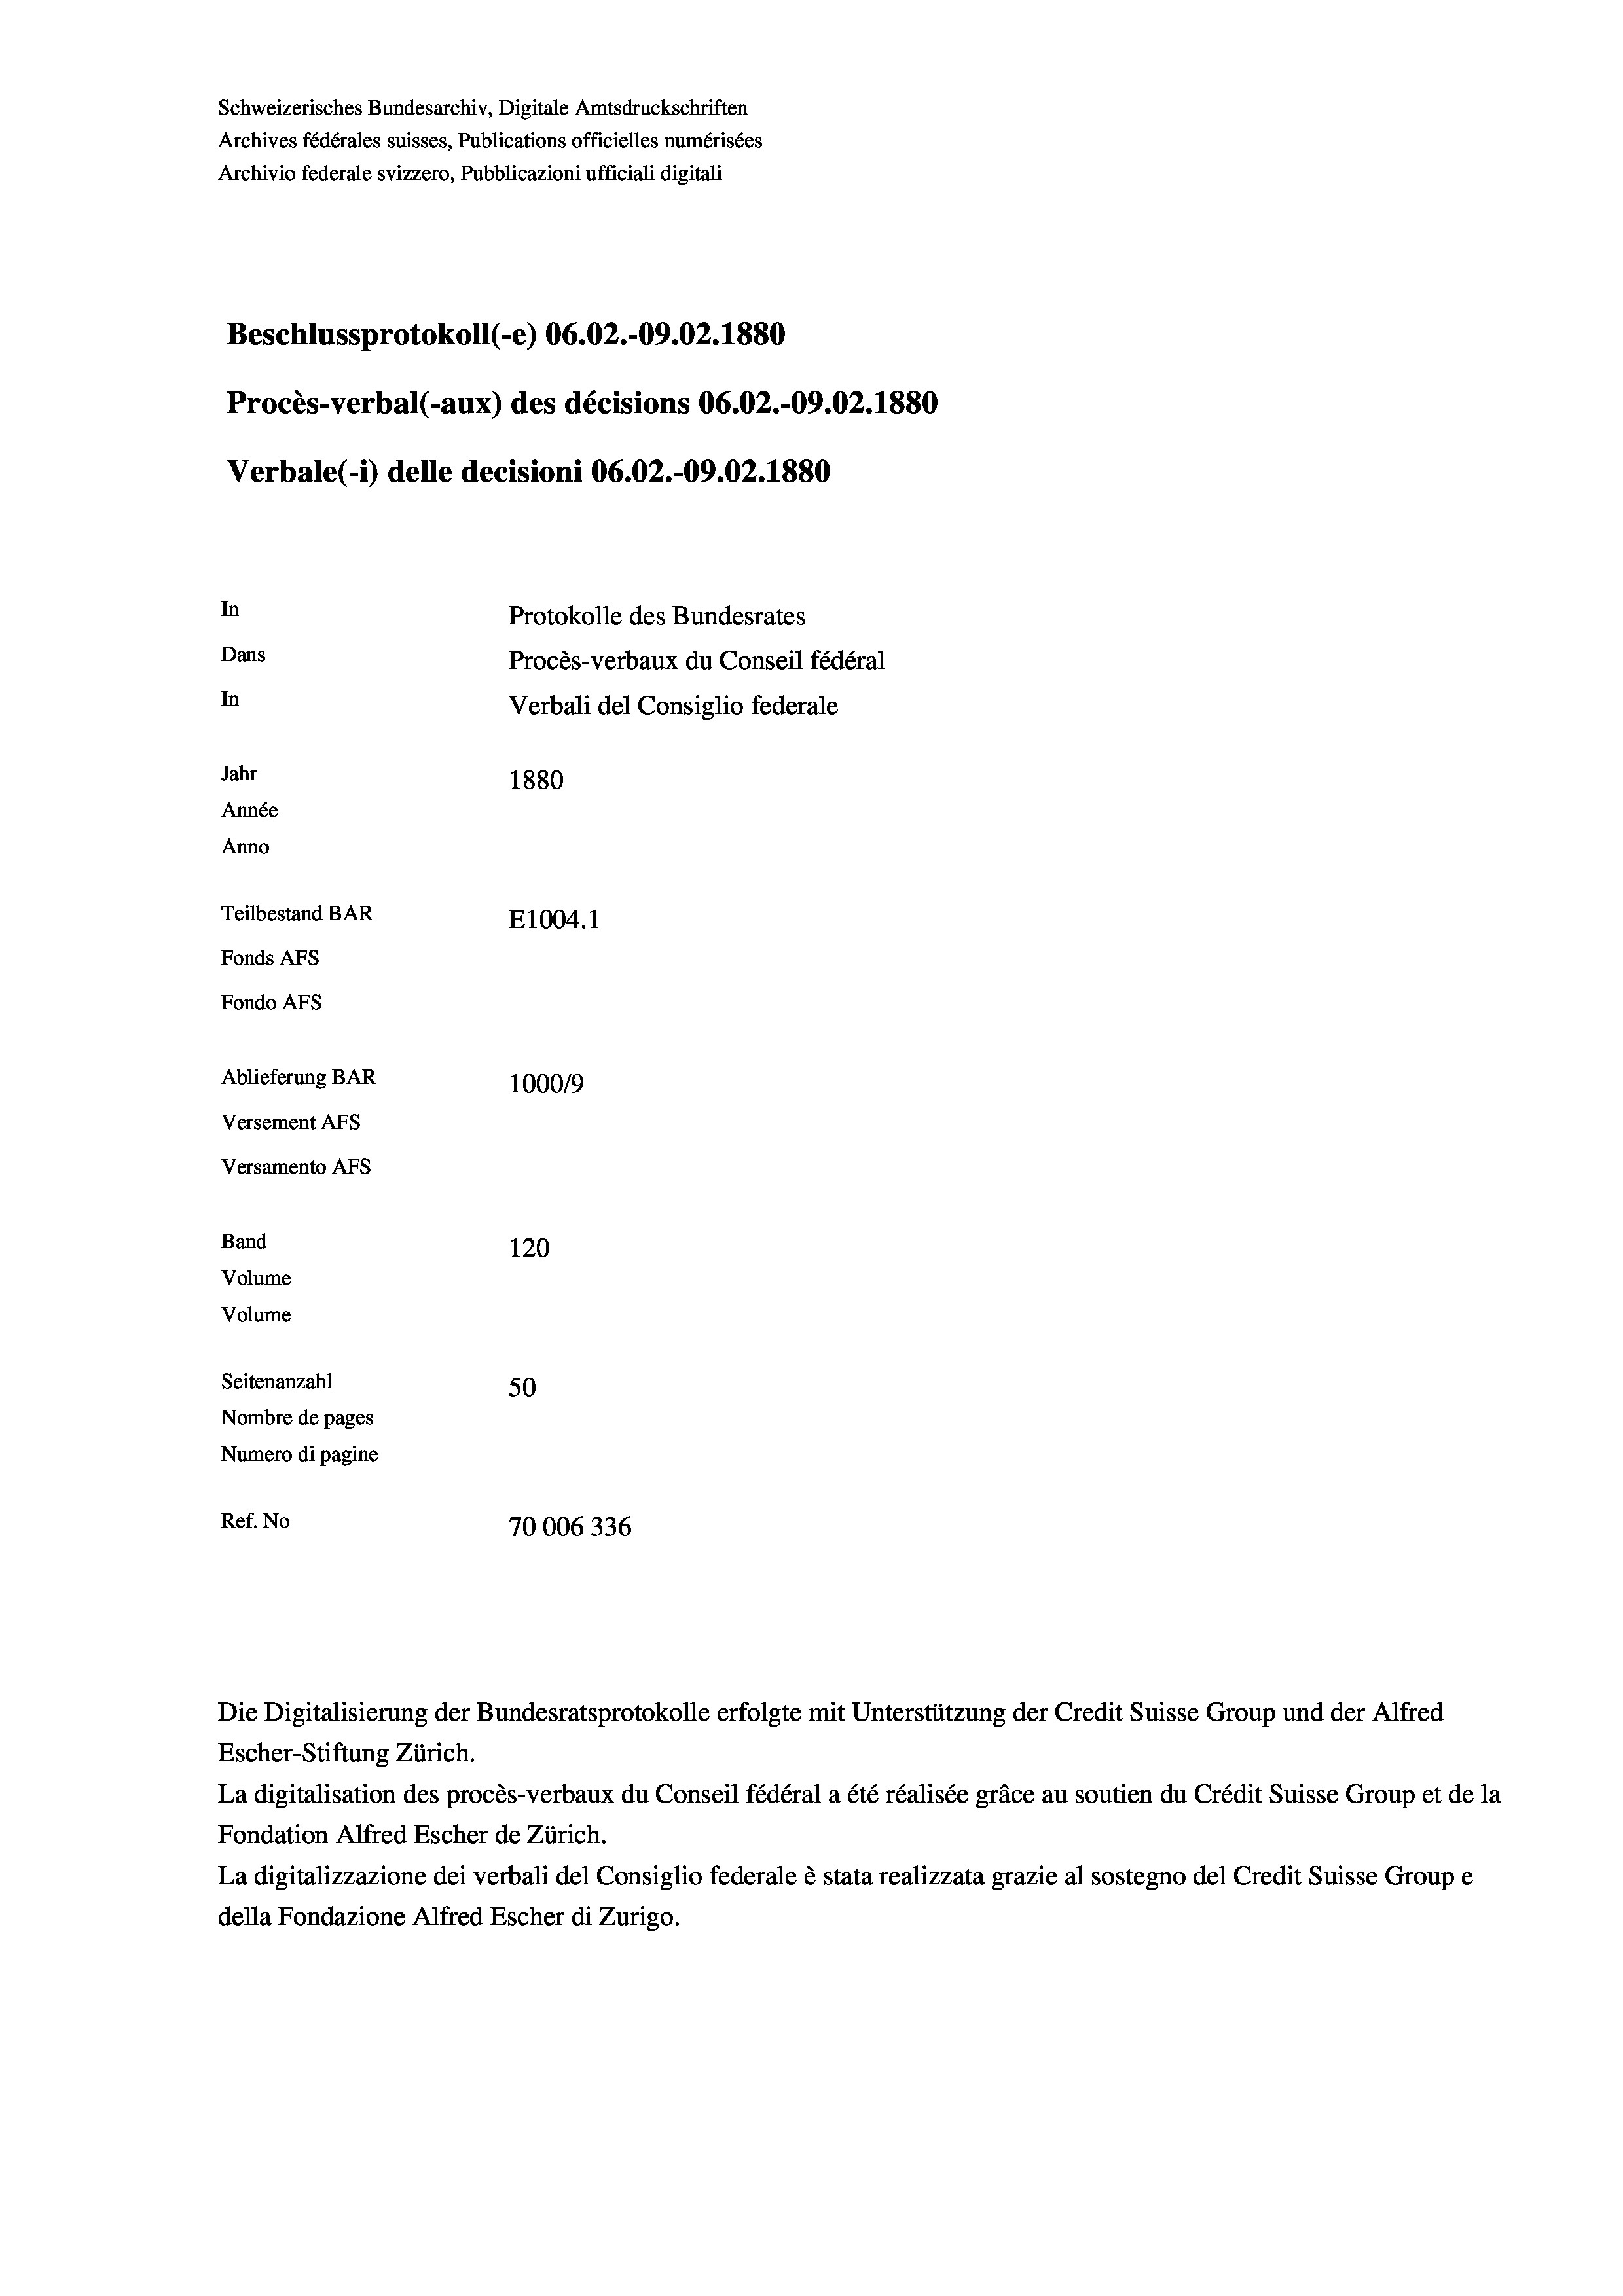
Schweizerisches Bundesarchiv, Digitale Amtsdruckschriften
Archives fédérales suisses, Publications officielles numérisées
Archivio federale svizzero, Pubblicazioni ufficiali digitali
Beschlussprotokoll (-e) 06.02.-09.02. 1880
Procès-verbal (-aux) des décisions 06.02.-09.02.1880
Verbale (i) delle decisioni 06.02.-09.02. 1880
In
Protokolle des Bundesrates
Dans
Procès-verbaux du Conseil fédéral
In
Verbali del Consiglio federale
Jahr
1880
Année
Anno
Teilbestand BAR
E1004.1
Fonds AFs
Fondo Afs
Ablieferung BAR
100019
Versement AFs
Versamento AFS
Band
120
Volume
Volume

Seitenanzahl
50
Nombre de pages
Numero di pagine
Ref. No
70006336

Die Digitalisierung der Bundesratsprotokolle erfolgte mit Unterstützung der Credit Suisse Group und der Alfred
Escher-Stiftung Zürich.
La digitalisation des procès-verbaux du Conseil fédéral a été réalisée gräce au soutien du Crédit Suisse Group et de la
Fondation Alfred Escher de Zürich.
La digitalizzazione dei verbali del Consiglio federale è stata realizzata grazie al sostegno del Credit Suisse Groupe
della Fondazione Alfred Escher di Zurigo.